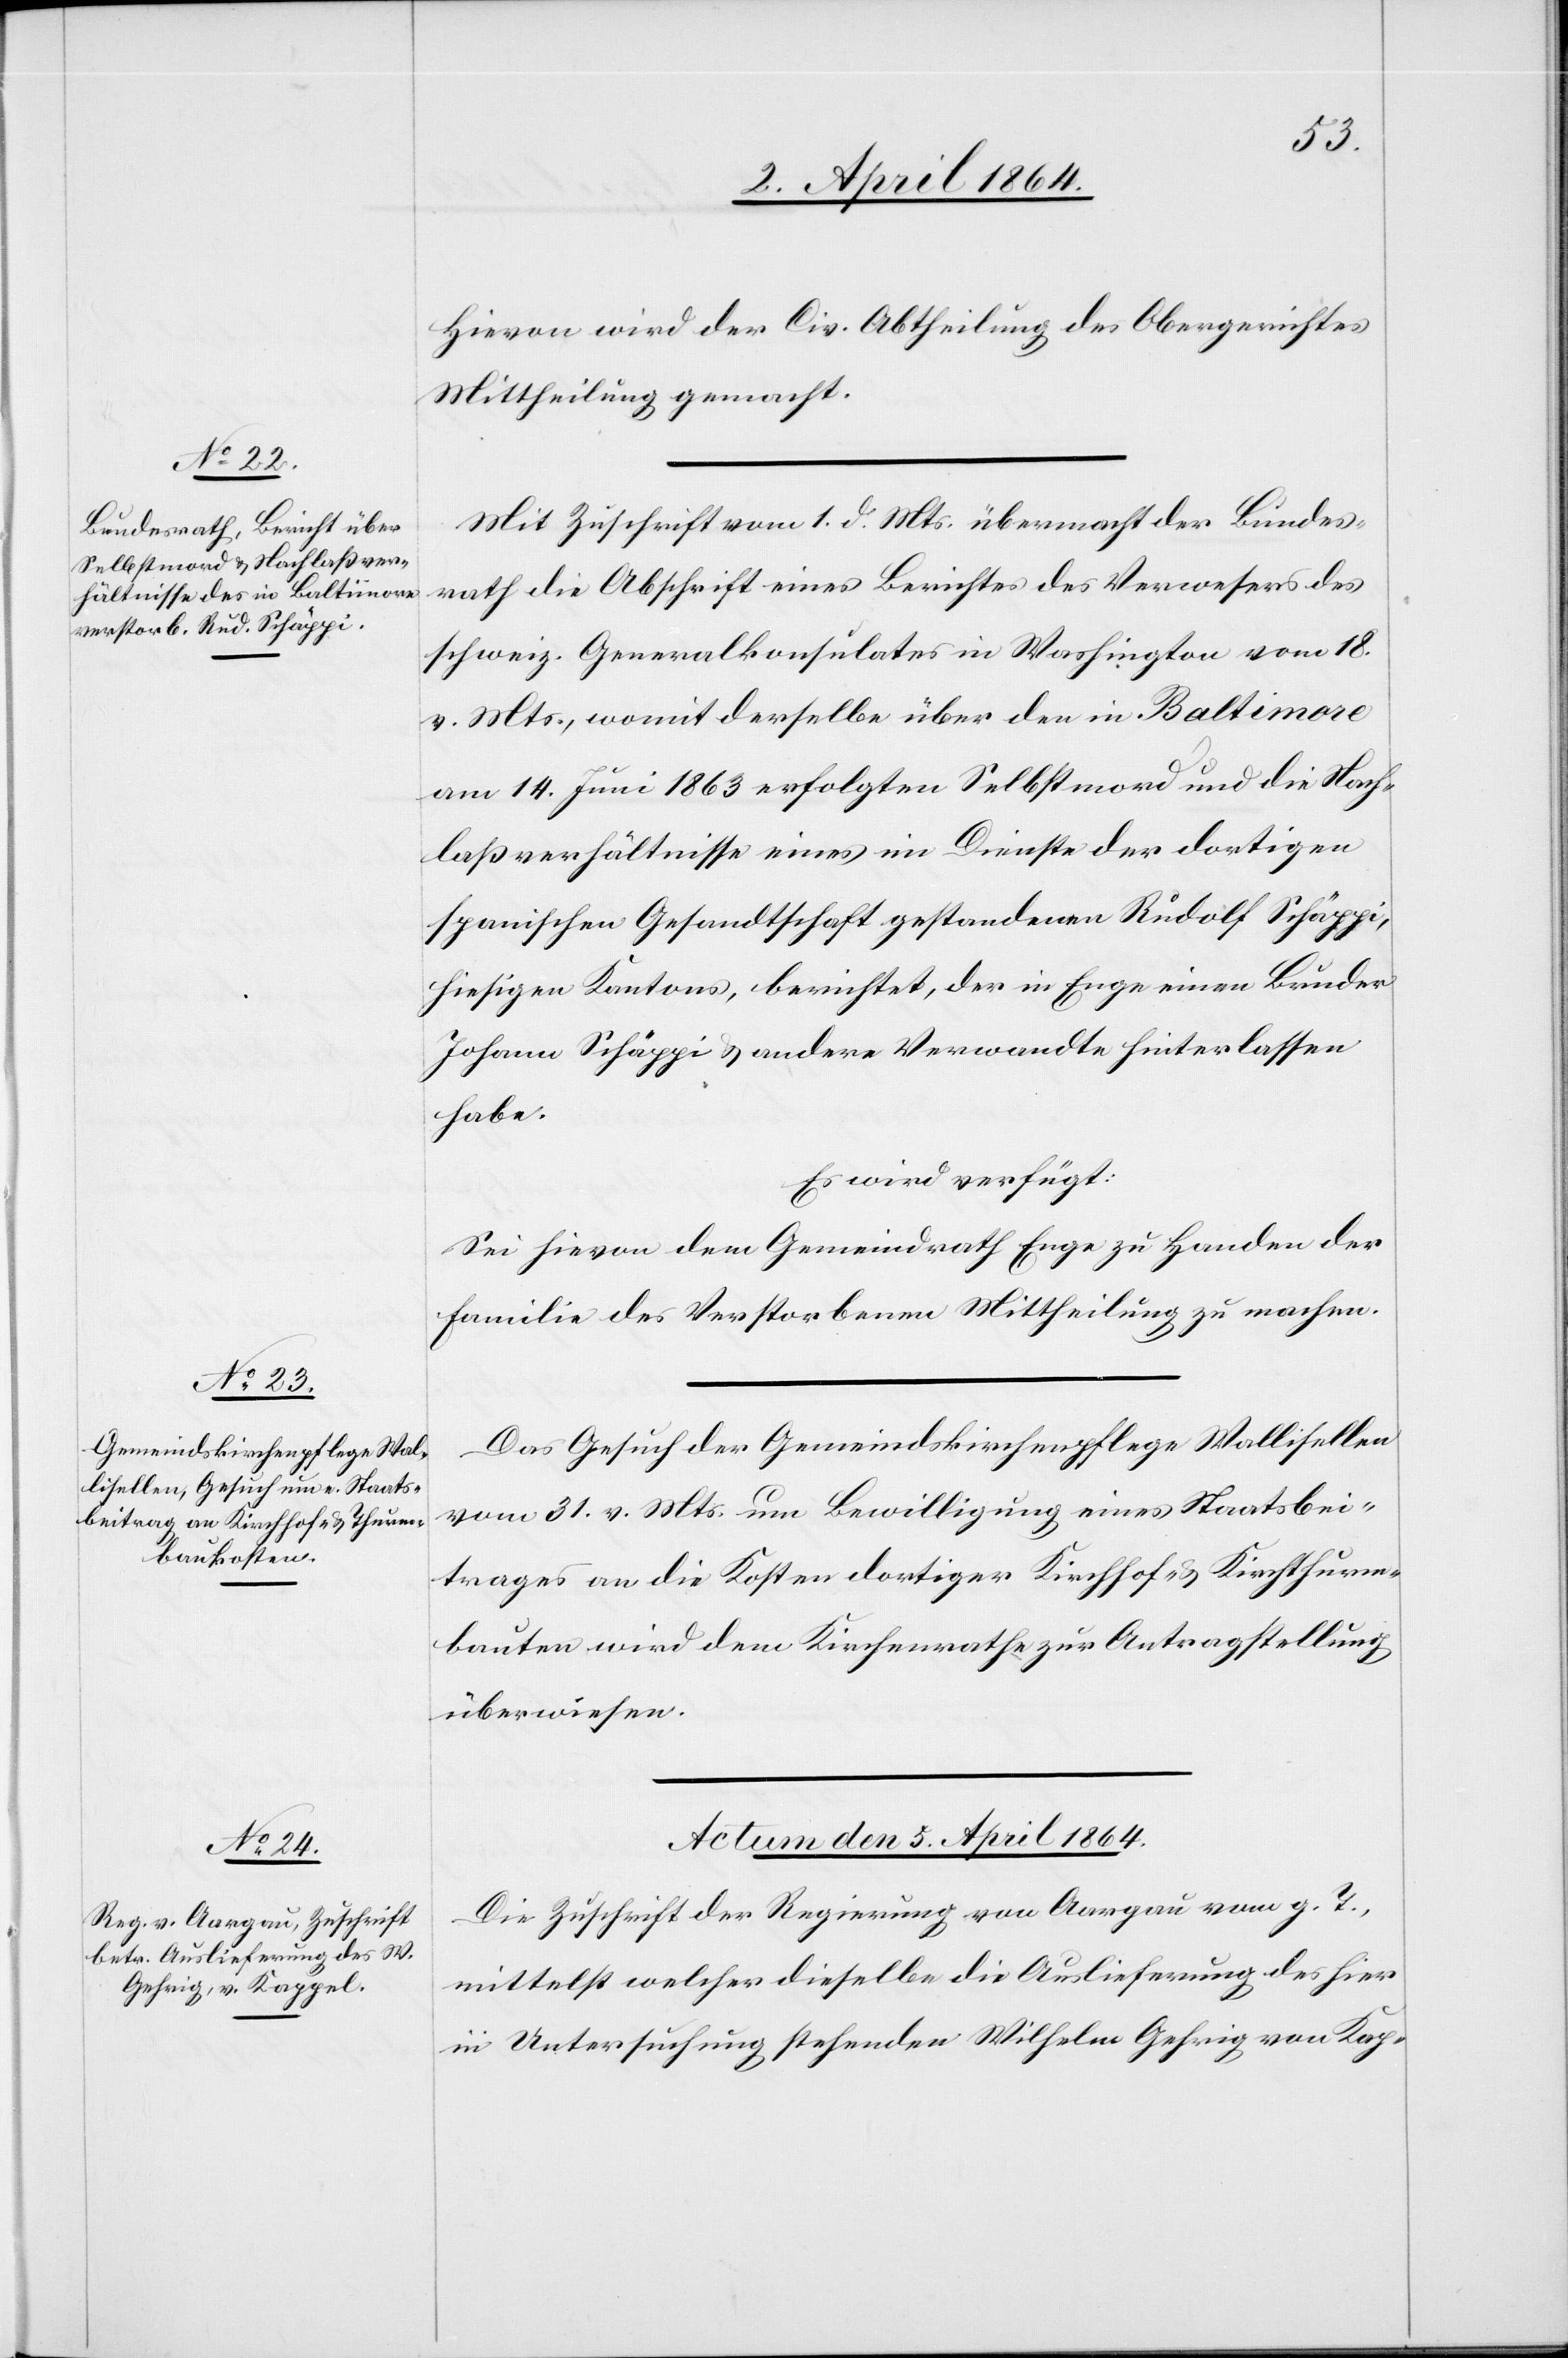
4. April 1864.]
Hievon wird der Civ. Abtheilung des Obergerichtes
Mittheilung gemacht.
Mit Zuschrift vom 1. d. Mts. übermacht der Bundes¬
rath die Abschrift eines Berichtes der Verweser des
schweiz. Generalkonsulates in Washington vom 18.
v. Mts., womit derselbe über den in Baltimore
am 14. Juni 1863 erfolgten Selbstmord und die Nach¬
laßverhältnisse eines im Dienste der dortigen
spanischen Gesandtschaft gestandenen Rudolf Schäppi,
hiesigen Kantons, berichtet, der in Enge einen Bruder
Johann Schäppi u. andere Verwandte hinterlassen
habe.
Es wird verfügt:
Sei hievon dem Gemeindrath Enge zu Handen der
Familie des Verstorbenen Mittheilung zu machen.
Das Gesuch der Gemeindskirchenpflege Wallisellen
vom 31. v. Mts. um Bewilligung eines Staatsbei¬
trages an die Kosten dortiger Kirchhof- u. Kirchthurm¬
bauten wird dem Kirchenrathe zur Antragstellung
überwiesen.
Actum den 5. April 1864.
Die Zuschrift der Regierung von Aargau vom g. T.,
mittelst welcher dieselbe die Auslieferung des hier
in Untersuchung stehenden Wilhelm Gehrig von Kap-